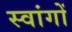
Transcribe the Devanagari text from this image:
स्वांगों